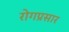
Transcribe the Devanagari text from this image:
रोगप्रसार